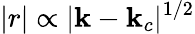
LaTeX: |r|\propto|\mathbf{k}-\mathbf{k}_{c}|^{1/2}